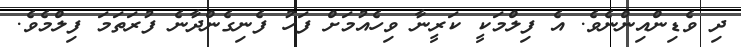
ދި ވެޑިންއިންނެވެ. އެ ފިލްމަކީ ކަރީނާ ވިހެއުމަށް ފަހު ފެނިގެންދާނެ ފުރަތަމަ ފިލްމެވެ.